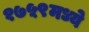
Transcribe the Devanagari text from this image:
१७५९मध्ये